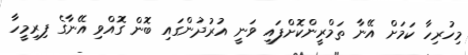
މިހުރިހާ ކަމަށް އޭނާ ތަމްރީންކޮށްފައި ވަނީ އުރުދުންގައި ބޮން ގޮއްވި އޭނާގެ ފިރިމީހާ